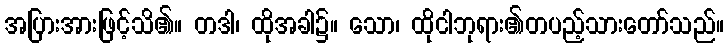
အပြားအားဖြင့်သိ၏။ တဒါ၊ ထိုအခါ၌။ သော၊ ထိုငါဘုရား၏တပည့်သားတော်သည်။